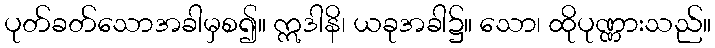
ပုတ်ခတ်သောအခါမှစ၍။ ဣဒါနိ၊ ယခုအခါ၌။ သော၊ ထိုပုဏ္ဏားသည်။